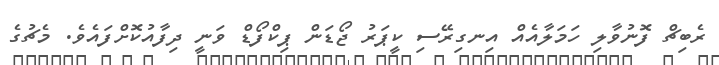
ރެބިޗް ފޮނުވާލި ހަމަލާއެއް އިނގިރޭސި ކީޕަރު ޖޯޑަން ޕިކްފޯޑް ވަނީ ދިފާއުކޮށްފައެވެ. މެޗުގެ